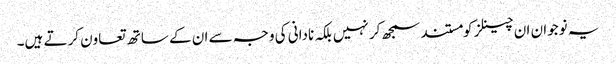
یہ نوجوان ان چینلز کومستند سمجھ کر نہیں بلکہ نادانی کی وجہ سے ان کے ساتھ تعاون کرتے ہیں۔